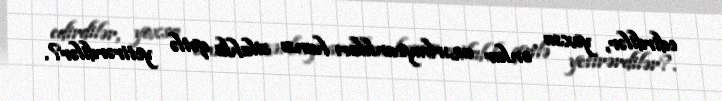
edirdilər, yoxsa onlar azərbaycanlıları hansı silahla qətlə yetirərdilər?.